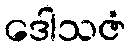
ဒေါသဇံ